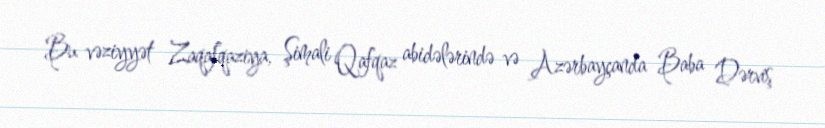
Bu vəziyyət Zaqafqaziya, Şimali Qafqaz abidələrində və Azərbayçanda Baba Dərviş